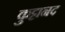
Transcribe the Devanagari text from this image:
कुट्टानद